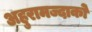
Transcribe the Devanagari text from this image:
अहुरामज्दाको